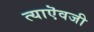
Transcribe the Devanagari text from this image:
त्याऎवजी